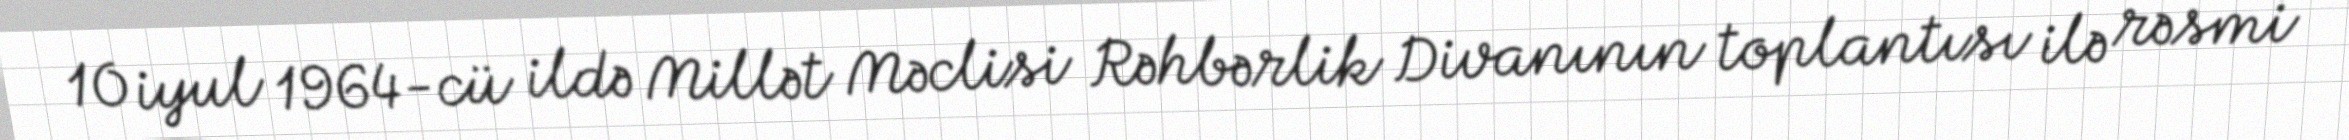
10 iyul 1964-cü ildə Millət Məclisi Rəhbərlik Divanının toplantısı ilə rəsmi